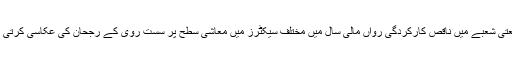
صنعتی شعبے میں ناقص کارکردگی رواں مالی سال میں مختلف سیکٹرز میں معاشی سطح پر سست روی کے رجحان کی عکاسی کرتی ہے۔